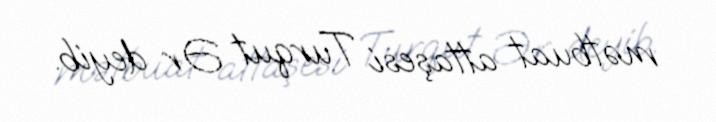
mətbuat attaşesi Turqut Ər deyib.